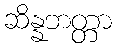
ဆိန္နဘတ္တာ